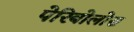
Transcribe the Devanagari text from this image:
पेरिबोलोस